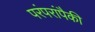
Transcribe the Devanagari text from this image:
परंपरांपैकी